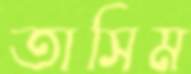
তাসিম